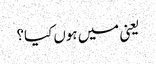
یعنی میں ہوں کیا؟